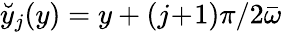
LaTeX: \breve{y}_{j}(y)=y+(j\! +\! 1)\pi/2{\bar{\omega}}